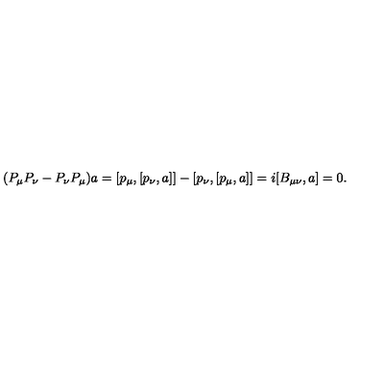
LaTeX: ( P _ { \mu } P _ { \nu } - P _ { \nu } P _ { \mu } ) a = [ p _ { \mu } , [ p _ { \nu } , a ] ] - [ p _ { \nu } , [ p _ { \mu } , a ] ] = i [ B _ { \mu \nu } , a ] = 0 .